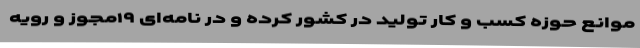
موانع حوزه کسب و کار تولید در کشور کرده و در نامه‌ای ۱۹مجوز و رویه